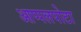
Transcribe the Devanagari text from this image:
आप्पलपोटा